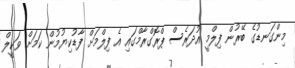
މިންގަނޑުގެ ބޭރުން ފިލްމީ އުދަރެސް ޕްރޮގްރާމްގައި އެ ފިލްމަށް ފާޑުކިޔުމުން ކަމަށް ވަކީލް